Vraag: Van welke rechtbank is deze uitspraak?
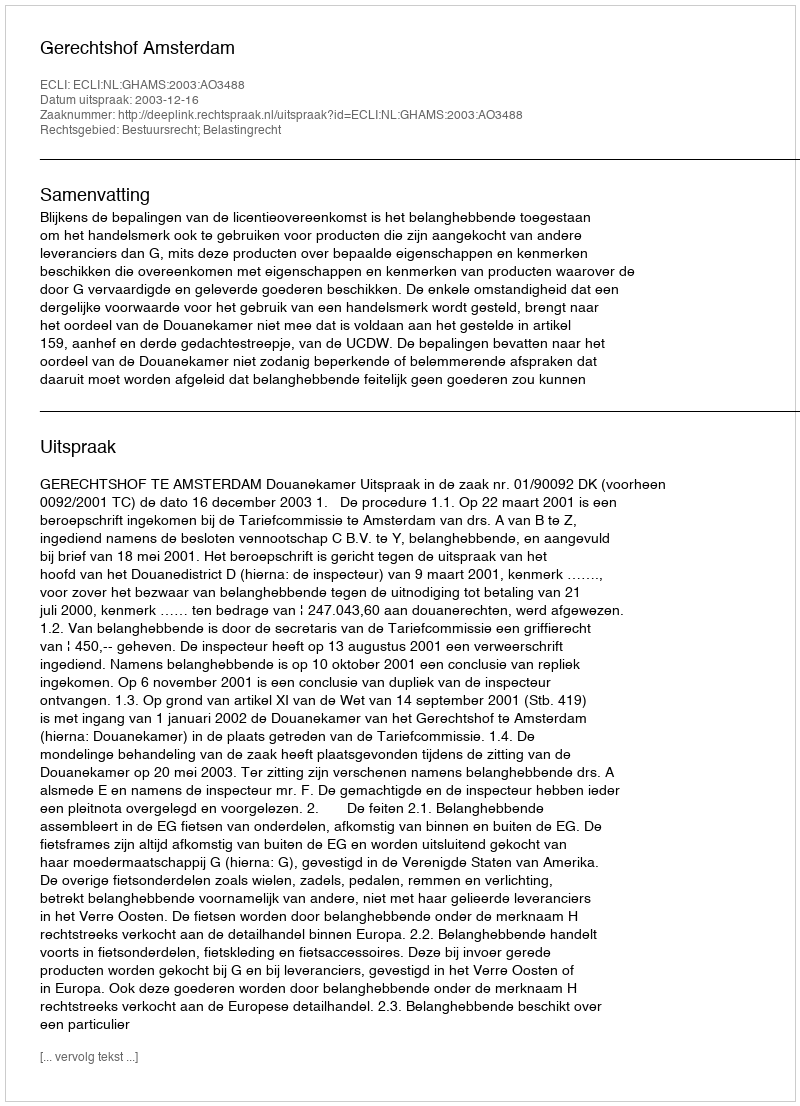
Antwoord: Gerechtshof Amsterdam